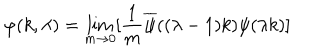
\varphi ( k , \lambda ) = \lim _ { m \rightarrow 0 } [ { \frac { 1 } { m } } \overline { { \psi } } ( ( \lambda - 1 ) k ) \psi ( \lambda k ) ] \, \,